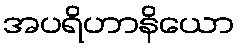
အပရိဟာနိယော